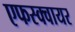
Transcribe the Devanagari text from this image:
एफस्क्वायर